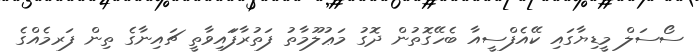
ސޯސަލް މީޑިޔާގައި ކޭއެފްސީއާ ބެހޭގޮތުން ދޮގު މަޢުލޫމާތު ފަތުރާފަައިވާތީ ޗައިނާގެ ތިން ފަރމެއްގެ